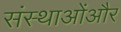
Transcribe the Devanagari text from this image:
संस्थाओंऔर